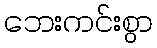
ဘေးကင်းစွာ